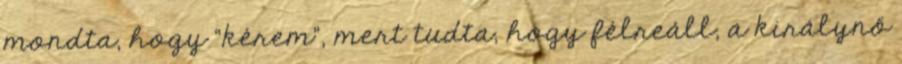
mondta, hogy “kérem”, mert tudta, hogy félreáll, a királynő